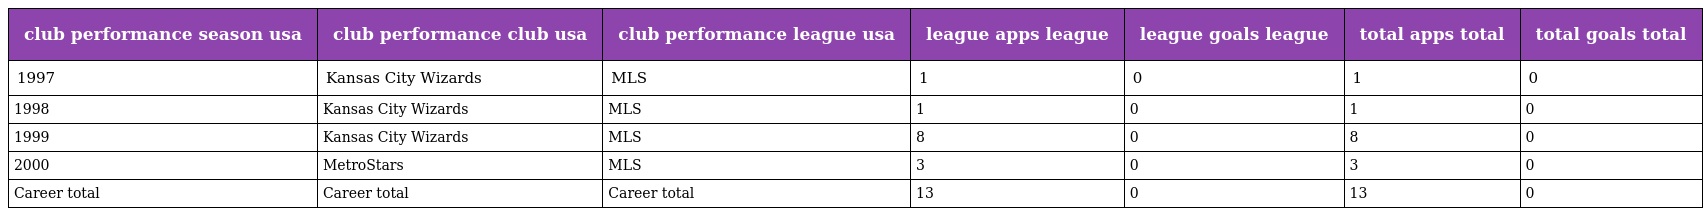
| club performance season usa | club performance club usa | club performance league usa | league apps league | league goals league | total apps total | total goals total |
 | --- | --- | --- | --- | --- | --- | --- |
 | 1997 | Kansas City Wizards | MLS | 1 | 0 | 1 | 0 |
 | 1998 | Kansas City Wizards | MLS | 1 | 0 | 1 | 0 |
 | 1999 | Kansas City Wizards | MLS | 8 | 0 | 8 | 0 |
 | 2000 | MetroStars | MLS | 3 | 0 | 3 | 0 |
 | Career total | Career total | Career total | 13 | 0 | 13 | 0 |